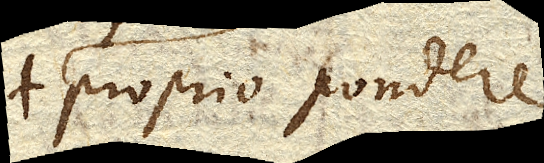
proprio pondere